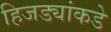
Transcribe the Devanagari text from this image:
हिजड्यांकडे